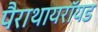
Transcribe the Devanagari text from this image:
पैराथायरॉयड